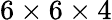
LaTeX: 6\times 6\times 4